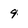
Character: 9